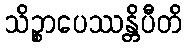
သိဉ္စာပေဿန္တိပီတိ